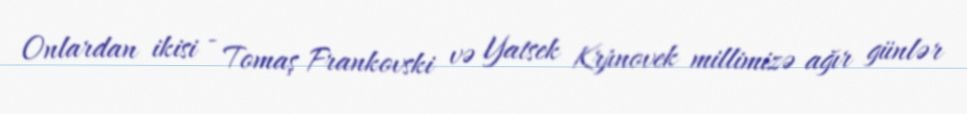
Onlardan ikisi - Tomaş Frankovski və Yatsek Krjınovek millimizə ağır günlər